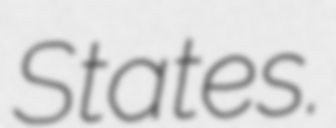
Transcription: States.